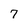
Character: 7